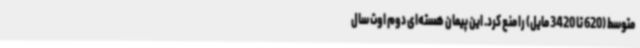
متوسط (620 تا 3420 مایل) را منع کرد. ‌این پیمان هسته‌ای دوم اوت سال